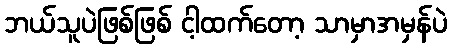
ဘယ်သူပဲဖြစ်ဖြစ် ငါ့ထက်တော့ သာမှာအမှန်ပဲ